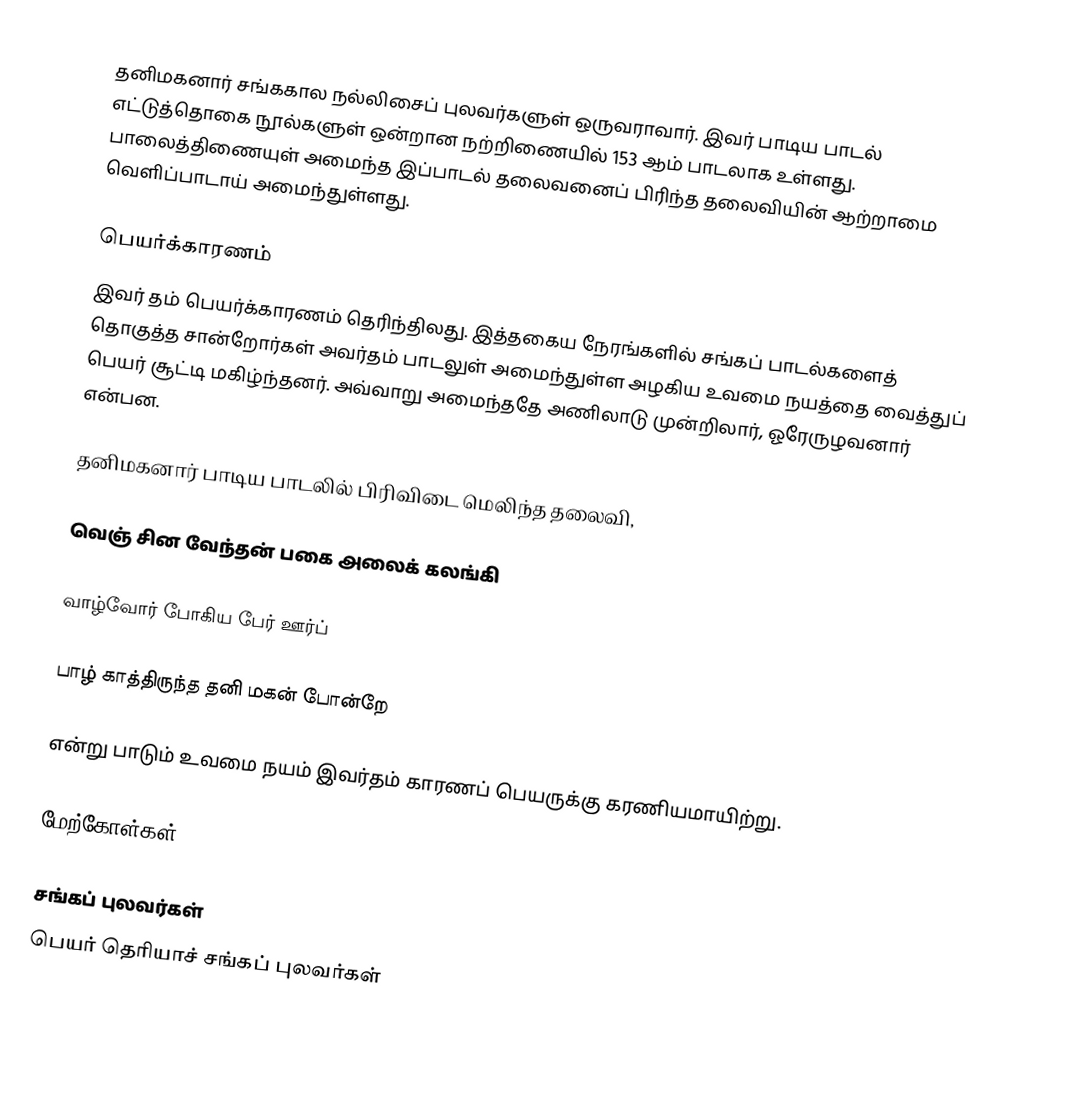
தனிமகனார் சங்ககால நல்லிசைப் புலவர்களுள் ஒருவராவார்.  இவர் பாடிய பாடல் எட்டுத்தொகை நூல்களுள் ஒன்றான நற்றிணையில் 153 ஆம் பாடலாக உள்ளது. பாலைத்திணையுள் அமைந்த இப்பாடல் தலைவனைப் பிரிந்த தலைவியின் ஆற்றாமை வெளிப்பாடாய் அமைந்துள்ளது.

பெயர்க்காரணம்
இவர் தம் பெயர்க்காரணம் தெரிந்திலது. இத்தகைய நேரங்களில் சங்கப் பாடல்களைத் தொகுத்த சான்றோர்கள் அவர்தம் பாடலுள் அமைந்துள்ள அழகிய உவமை நயத்தை வைத்துப் பெயர் சூட்டி மகிழ்ந்தனர். அவ்வாறு அமைந்ததே அணிலாடு முன்றிலார், ஓரேருழவனார் என்பன.

தனிமகனார் பாடிய பாடலில் பிரிவிடை மெலிந்த தலைவி,

வெஞ் சின வேந்தன் பகை அலைக் கலங்கி

வாழ்வோர் போகிய பேர் ஊர்ப்

பாழ் காத்திருந்த தனி மகன் போன்றே

என்று பாடும் உவமை நயம் இவர்தம் காரணப் பெயருக்கு கரணியமாயிற்று.

மேற்கோள்கள்

சங்கப் புலவர்கள்
பெயர் தெரியாச் சங்கப் புலவர்கள்